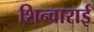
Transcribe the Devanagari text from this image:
शिन्वाराई